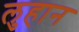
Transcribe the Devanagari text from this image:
लुहान